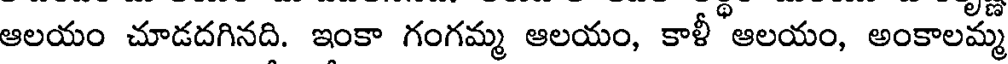
ఆలయం చూడదగినది. ఇంకా గంగమ్మ ఆలయం, కాళీ ఆలయం, అంకాలమ్మ